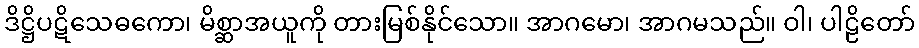
ဒိဋ္ဌိပဋိသေဓကော၊ မိစ္ဆာအယူကို တားမြစ်နိုင်သော။ အာဂမော၊ အာဂမသည်။ ဝါ၊ ပါဠိတော်